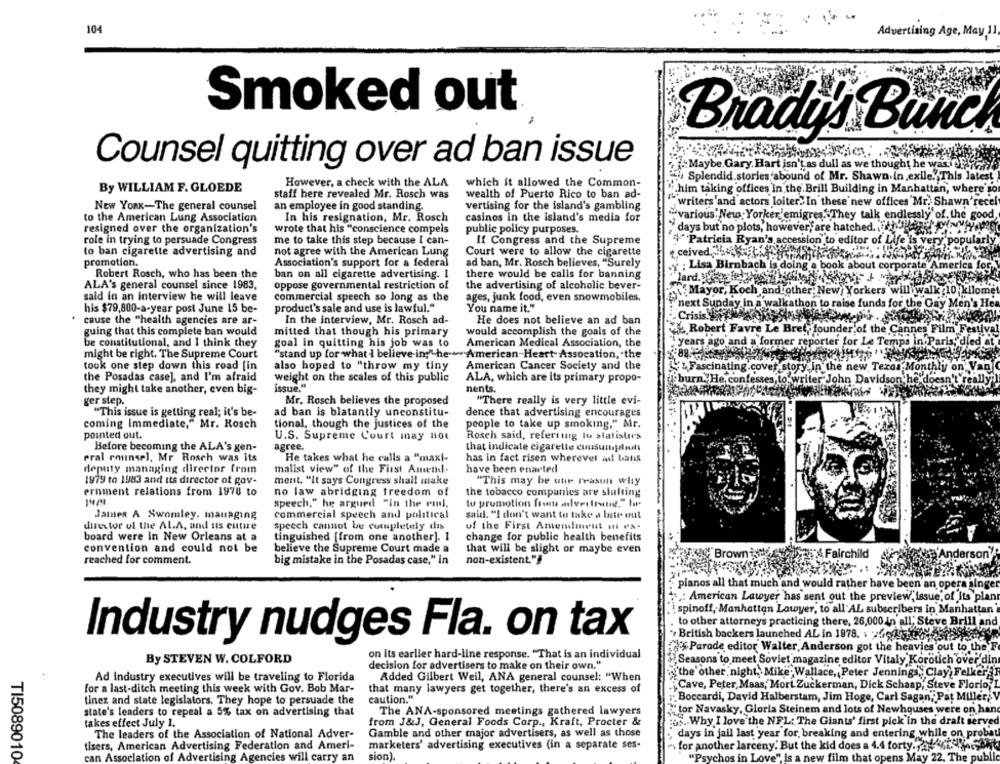
104
Advertising Age, May 11
Smoked out
Brady's Bund
Counsel quitting over ad ban issue
.Maybe.Gary. Hart isn't as dull as we thought he was of fari
His Splendid.stories abound of Mr. Shawn.in exile. This latest
However, a check with the ALA
which it allowed the Common-
By WILLIAM F. GLOEDE
chim taking offices in the Brill Building in Manhattan, where so
staff here revealed Mr. Rosch was
wealth of Puerto Rico to ban ad-
New YORK-The general counsel
an employee in good standing.
vertising for the island's gambling
writers'and actors loiter. In these new offices Mr. Shawn'recel
to the American Lung Association
In his resignation, Mr. Rosch
casinos in the island's media for
"various' New Yorker'emigres. They talk endle
resigned over the organization's
wrote that his "conscience compels
public policy purposes.
days but no plots, however, are hatched, " !!
role in trying to persuade Congress
me to take this step because I can-
If Congress and the Supreme
1Patricia Ryan's accession to editor of Life is very popularly
to ban cigarette advertising and
not agree with the American Lung
Court were to allow the cigarette
promotion.
Association's support for a federal
ad ban, Mr. Rosch believes, "Surely
Y : Lisa Birnbach is doing a book about corporate America for.
Robert Rosch, who has been the
ban on all cigarette advertising. I
there would be calls for banning
"lard. Une feel 3
ALA's general counsel since 1983,
oppose governmental restriction of
the advertising of alcoholic bever-
\"Mayor, Koch and other; New Yorkers will walk :10 kilomet
said in an interview he will leave
commercial speech so long as the
ages, junk food, even snowmobiles.
next Sunday in a walkathon to raise funds for the Gay Men's Hea
his $79,800-a-year post June 15 be-
product's sale and use is lawful."
You name it."
cause the "health agencies are ar-
In the interview, Mr. Rosch ad-
He does not believe an ad ban
Crisis.
Robert Favre Le Bret- founder of the Cannes Film Festival
guing that this complete ban would
mitted that though his primary
would accomplish the goals of the
Robert Favre Le
be constitutional, and I think they
goal in quitting his job was to
American Medical Association, the
"years ago and a former reporter for Le Temps in Paris, died at
died
might be right. The Supreme Court
"stand up for what I believe-in:"he -- American-Heart Assocation, the
took one step down this road [in
also hoped to "throw my tiny
American Cancer Society and the
"Fascinating cover story. In the new Texas Monthly on Van
the Posadas case], and I'm afraid
weight on the scales of this public
ALA, which are Its primary propo-
nfesse
they might take another, even big-
issue."
nents.
ger step.
Mr. Rosch believes the proposed
"There really is very little evi-
"This issue is getting real; it's be-
ad ban is blatantly unconstitu-
dence that advertising encourages
coming Immediate," Mr. Rosch
tional, though the justices of the
people to take up smoking," Mr.
pointed out.
U.S. Supreme Court may not
Rosch said, referring to statistics
Before becoming the ALA's gen-
agree.
that indicate cigarette consumption!
pral cminsel, Mr Rosch was its
He takes what he calls a "maxi-
has in fact risen wherever ad banis
deputy managing director from
malist view" of the First Amend.
have been enarted
1979 to 1983 and its director of gov-
ment. "It says Congress shall make
"This may be uter reason why
ernment relations from 1970 to
no law abridging freedom of
the tobacco companies are slufting
144/90
speech," he argued "in the end,
to promotion frais alvestinand." la
James A Swomley. managing
commercial speech and political
said. "I don't want to take a late must
director of the ALA, and us entire
speech cannot be completely dis
of the First Amendment in ex-
board were in New Orleans at a
tinguished [from one another]. I
change for public health benefits
convention and could not be
believe the Supreme Court made a
that will be slight or maybe even
&Fairchild
reached for comment.
big mistake in the Posadas case," in
non-existent."}
pianos all that much and would rather have been an opera singer
: American Lawyer has sent out the preview, issue, of its plan
spinoff, Manhattan Lawyer, to all'AL subscribers in Manhattan'
to other attorneys practicing there, 26,000 in all, Steve Brill and
Industry nudges Fla. on tax
" British backers launched AL in 1978. : 60 5300
*Parade editor Walter, Anderson got the heavies out to the F
on its earlier hard-line response. "That is an individual
By STEVEN W. COLFORD
decision for advertisers to make on their own."
"Seasons to meet Soviet magazine editor Vitaly Korotich over din
"""the other night, Mike. Wallace, Peter Jennings, Clay Felker
Ad industry executives will be traveling to Florida
Added Gilbert Weil, ANA general counsel: "When
"Cave, Peter, Maas, Mort Zuckerman, Dick Schaap, Steve Florio, L
for a last-ditch meeting this week with Gov. Bob Mar-
that many lawyers get together, there's an excess of
tinez and state legislators. They hope to persuade the
caution."
" Boccardi, David Halberstam, Jim Hoge, Carl Sagan, Pat Miller, V
The ANA-sponsored meetings gathered lawyers
"tor Navasky, Gloria Steinem and lots of Newhouses were on han
state's leaders to repeal a 5% tax on advertising that
takes effect July 1.
from J&J, General Foods Corp ., Kraft, Procter &
os. Why I love the NFL: The Giants' first pick in the draft served
The leaders of the Association of National Adver-
Gamble and other major advertisers, as well as those
days in jail last year for, breaking and entering while on probat
tisers, American Advertising Federation and Ameri-
marketers' advertising executives (in a separate ses-
" for another larceny. But the kid does a 4.4 forty ., A.
TI5089010
can Association of Advertising Agencies will carry an
sion).
"Psychos in Love" is a new film that opens May 22. The public